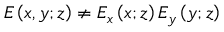
E \left( x , y ; z \right) \neq E _ { x } \left( x ; z \right) E _ { y } \left( y ; z \right)